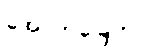
အောက်ခြေက